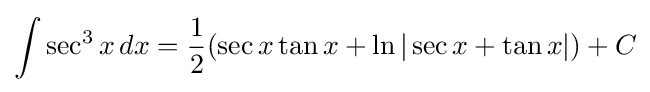
\int \sec ^{3}x\,dx={\frac {1}{2}}(\sec x\tan x+\ln |\sec x+\tan x|)+C